Vaccination in Bombay 1863-1868 - 1863-1868
Year: 1863
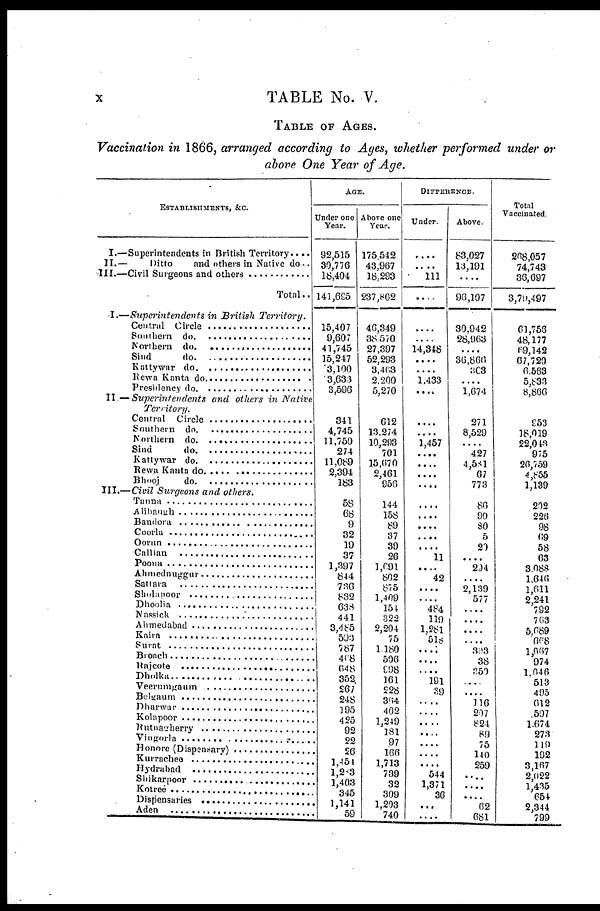
x
TABLE No. V.
TABLE OF AGES.
Vaccination in 1866, arranged according to Ages, whether performed under or
above One Year of Age.
ESTABLISHMENTS, &C
I.—Superintendents in British Territory. . . .
II.—
Ditto
and others in Native do . .
III.—Civil Surgeons and others . . . . .
Total. .
I.—Superintendents in British
Territory.
Central Circle . . . . . . . . . . . . . . . . . . .
Southern do . . . . . . . . . . . . . . . . . . .
Northern do . . . . . . . . . . . . . . . . . . .
Sind do. . . . . . . . . . . . . . . . . . . .
Kattywar do. . . . . . . . . . . . . . . . . . .
Rewa Kanta do . . . . . . . . . . . . . . . . . . .
Presidency do . . . . . . . . . . . . . . . . . . .
II — Superintendents
and others in Native
Territory.
Central Circle . . . . . . . . . . . . . . . . . . .
Southern do . . . . . . . . . . . . . . . . . . .
Northern do . . . . . . . . . . . . . . . . . . .
Sind do. . . . . . . . . . . . . . . . . . . .
Kattywar do. . . . . . . . . . . . . . . . . . .
Rewa Kanta do . . . . . . . . . . . . . . . . . . .
Presidency do . . . . . . . . . . . . . . . . . . .
III.—Civil Surgeons and others.
Tanna . . . . . . . . . . . . . . . . . . .
Alibaugh . . . . . . . . . . . . . . . . . . .
Bandora . . . . . . . . . . . . . . . . . . .
Coorla . . . . . . . . . . . . . . . . . . .
Oorum . . . . . . . . . . . . . . . . . . .
Callian . . . . . . . . . . . . . . . . . . .
Poona . . . . . . . . . . . . . . . . . . .
Ahemednuggar . . . . . . . . . . . . . .
Sattara . . . . . . . . . . . . . . . . . . .
Sholapoor . . . . . . . . . . . . . . . . . . .
Dhoolia . . . . . . . . . . . . . . . . . . .
Nassick . . . . . . . . . . . . . . . . . . .
Ahmedabad . . . . . . . . . . . . . . . .
Kaira . . . . . . . . . . . . . . . . . . .
Surat . . . . . . . . . . . . . . . . . . .
Broach . . . . . . . . . . . . . . . . . . .
Rajcote . . . . . . . . . . . . . . . . . . .
Dholka . . . . . . . . . . . . . . . . . . .
Veerumgaum . . . . . . . . . . . . . . .
Belgaum . . . . . . . . . . . . . . . . . . .
Dharwar . . . . . . . . . . . . . . . . . . .
Kolapoor . . . . . . . . . . . . . . . . . . .
Rutnagherry . . . . . . . . . . . . . . . . . . .
Vingurla . . . . . . . . . . . . . . . . . . .
Honore (Dispensary) . . . . . . . . . . . . . . . . . . .
Kurrachee . . . . . . . . . . . . . . . . . . .
Hydrabad . . . . . . . . . . . . . . . . . . .
Shikarpoor . . . . . . . . . . . . . . . . . . .
Kotree . . . . . . . . . . . . . . . . . . .
Dispensaries . . . . . . . . . . . . . . . . . . .
Aden . . . . . . . . . . . . . . . . . . .
AGE.
Under one
Year.
92,515
30,776
18,404
141,695
15,407
9,607
41,745
15,247
3,100
3,633
3,596
341
4,745
11,750
274
11,089
2,394
183
58
68
9
32
19
37
1,397
844
730
832
638
441
3,485
593
787
468
648
352
267
248
195
425
92
22
26
1,451
1,253
1,403
345
1,141
59
Above one
Year.
175,542
43,967
18,293
237,802
46,349
38,570
27,397
52,293
3,463
2,200
5,270
612
13,274
10,293
701
15,670
2,461
950
144
158
89
37
39
26
1,691
802
875
1,409
154
322
2,204
75
1,180
506
998
161
228
304
402
1,249
181
97
166
1,713
739
32
309
1,203
740
DIFFERENCE.
Under.
....
....
111
....
....
...
14,348
....
....
1,433
....
....
....
1,457
....
....
....
....
....
....
....
....
....
11
....
42
....
....
484
119
1,281
518
....
...
....
191
39
....
....
....
....
....
....
....
544
1,371
36
....
....
Above.
83,027
13,191
....
90,107
30,942
28,963
....
36,866
363
....
1,674
271
8,529
....
427
4,581
67
773
86
90
80
5
20
....
294
....
2,139
577
....
....
....
....
303
38
250
....
....
116
....
824
89
75
140
259
.... ....
....
62
681
Total
Vaccinated.
268,057
74,743
36,697
3,79,497
61,756
48,177
69,142
67,720
6,563
5,833
8,866
953
18,019
22,043
975
26,759
4,855
1,139
202
220
98
69
58
63
3,688
1,640
1,611
2,241
792
763
5,689
668
1,967
974
1,646
513
495
612
507
1,674
273
119
192
3,167
2,022
1,435
654
2,344
799